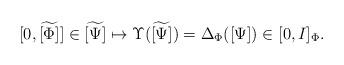
LaTeX: \begin{align*}[0,\widetilde{[\Phi]}]\in\widetilde{[\Psi]}\mapsto\Upsilon(\widetilde{[\Psi]})=\Delta_{\Phi}([\Psi])\in[0,I]_{\Phi}.\end{align*}